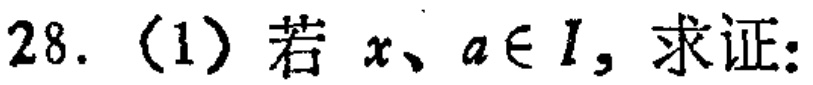
28. (1) 若 \(x、a\in I\)，求证: